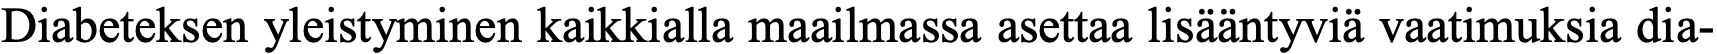
Diabeteksen yleistyminen kaikkialla maailmassa asettaa lisääntyviä vaatimuksia dia-